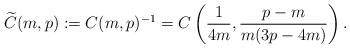
LaTeX: \begin{align*} \widetilde{C}(m,p) :=C(m,p)^{-1}=C\left(\frac{1}{4m},\frac{p-m}{m(3p-4m)}\right).\end{align*}